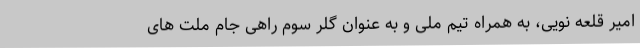
امیر قلعه نویی، به همراه تیم ملی و به عنوان گلر سوم راهی جام ملت های